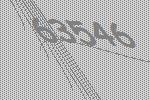
63546